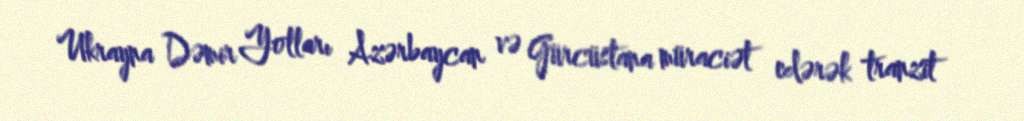
Ukrayna Dəmir Yolları Azərbaycan və Gürcüstana müraciət edərək tranzit